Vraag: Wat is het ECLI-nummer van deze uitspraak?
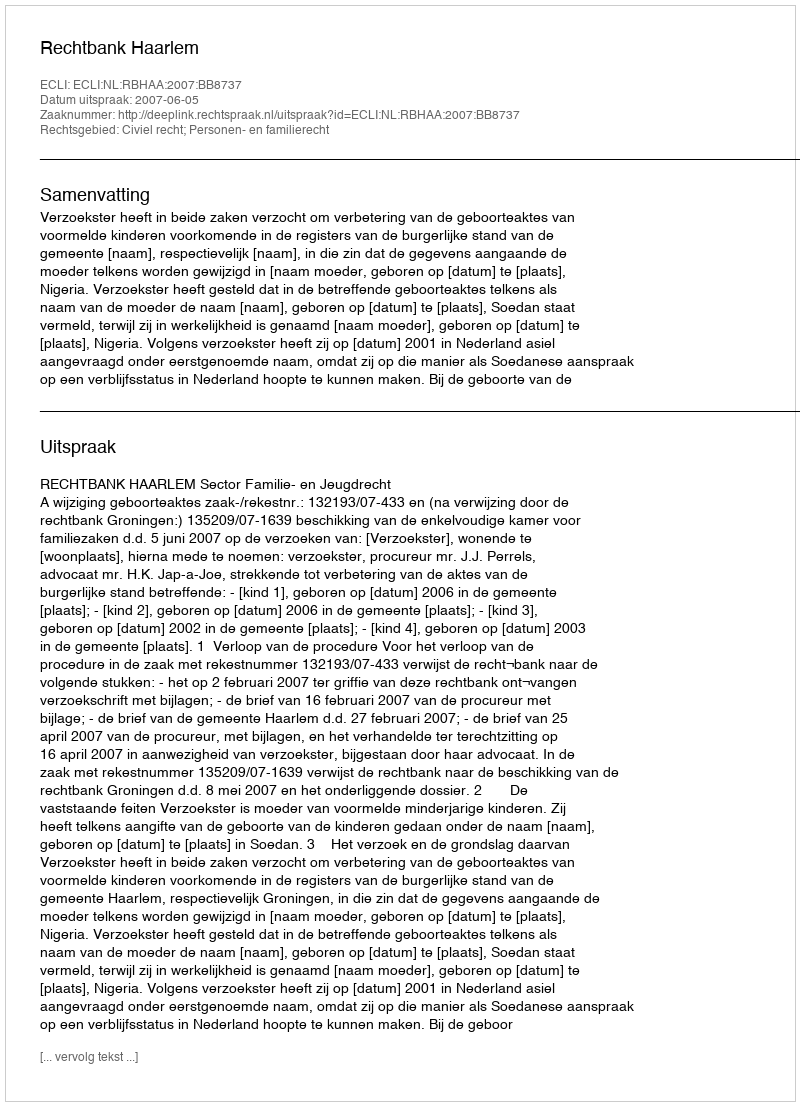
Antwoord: ECLI:NL:RBHAA:2007:BB8737